Civil Veterinary Department. United Provinces 1912-22 - 1912-1922
Year: 1912
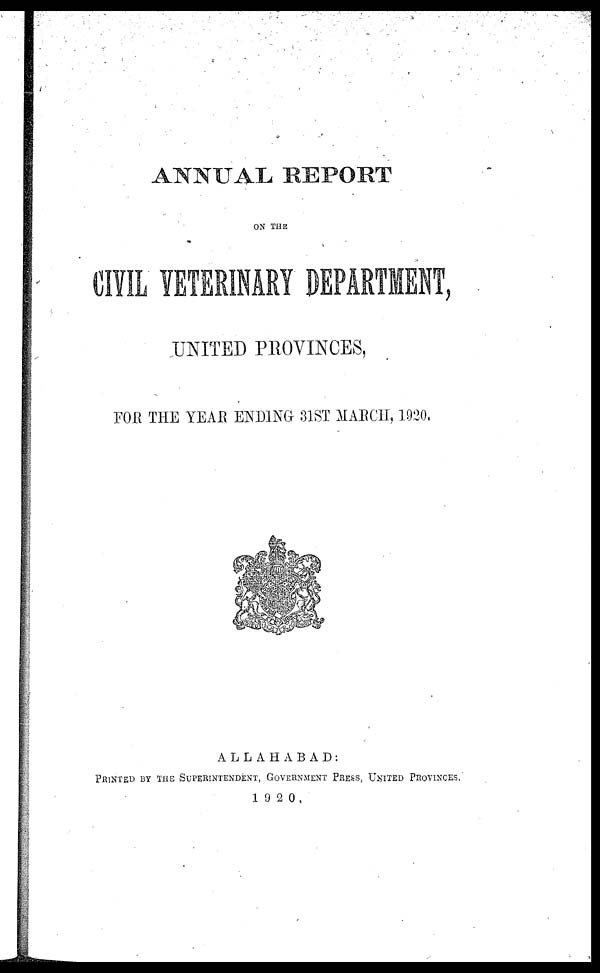
ANNUAL REPORT
ON THE
CIVIL VETERINARY DEPARTMENT,
UNITED PROVINCES,
FOR THE YEAR ENDING 31ST MARCH, 1920,
ALLAHABAD:
PRINTED BY THE SUPRINTENDENT, GOVERNMENT PRESS, UNITED PROVINCES.
1920.